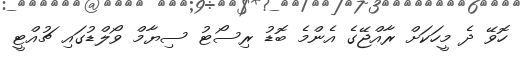
ހޮވޭ ދެ މީހަކަށް ރާއްޖޭގެ އެންމެ ބޮޑު ރިސޯޓު ސިޔާމް ވޯލްޑުގައި ޗުއްޓީ